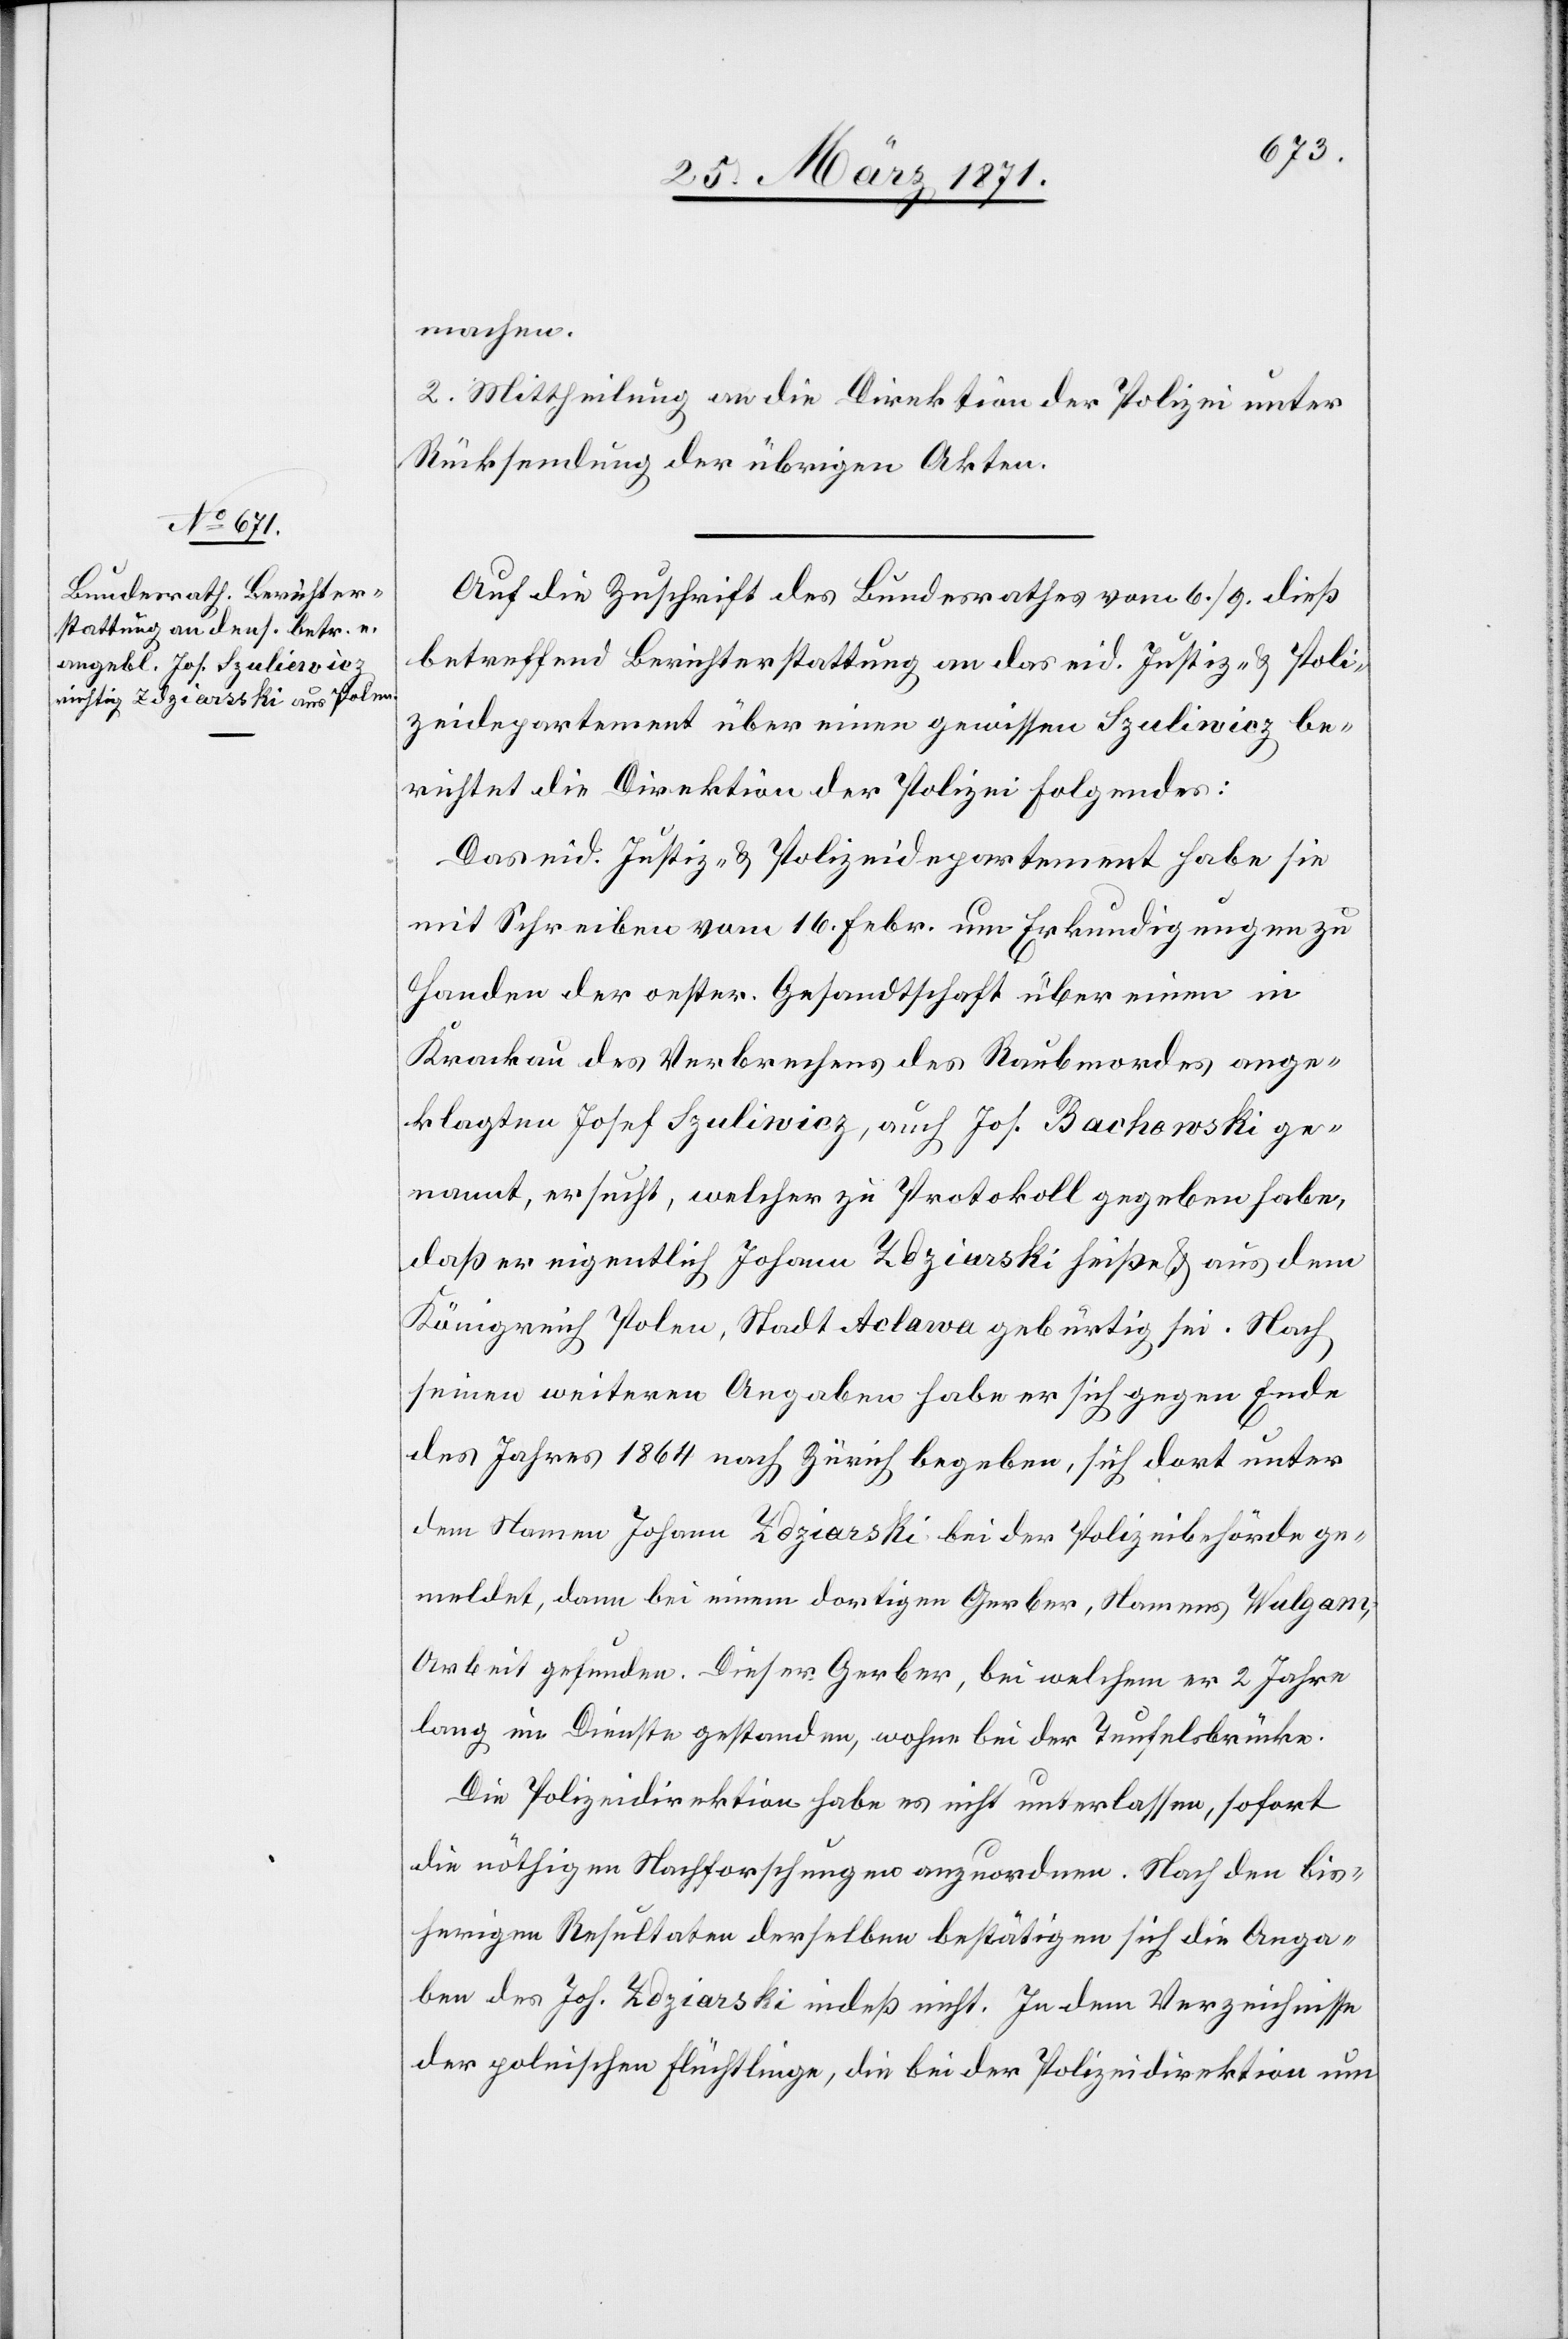
machen.
2. Mittheilung an die Direktion der Polizei unter
Rücksendung der übrigen Akten.
Auf die Zuschrift des Bundesrathes vom 6. / 9. dieß
betreffend Berichterstattung an das eid. Justiz- u. Poli¬
zeidepartement über einen gewissen Szuliwicz be¬
richtet die Direktion der Polizei Folgendes:
Das eid. Justiz- u. Polizeidepartement habe sie
mit Schreiben vom 16. Febr. um Erkundigungen zu
Handen der oester. Gesandtschaft über einen in
Krackau des Verbrechens des Raubmordes ange¬
klagten Josef Szuliwicz, auch Joh. Bachowski ge¬
nannt, ersucht, welcher zu Protokoll gegeben habe,
daß er eigentlich Johann Zdziarski heiße u. aus dem
Königreich Polen, Stadt Aclawa gebürdigt sei. Nach
seinen weiteren Angaben habe er sich gegen Ende
des Jahres 1864 nach Zürich begeben, sich dort unter
dem Namen Johann Zdziarski bei der Polizeibehörde ge¬
meldet, dann bei einem dortigen Gerber, Namens Wulgam,
Arbeit gefunden. Dieser Gerber, bei welchem er 2 Jahre
lang im Dienste gestanden, wohne bei der Teufelsbrücke.
Die Polizeidirektion habe es nicht unterlassen, sofort
die nöthigen Nachforschungen anzuordnen. Nach den bis¬
herigen Resultaten derselben bestätigen sich die Anga¬
ben des Joh. Zdziarski indeß nicht. In dem Verzeichnisse
der polnischen Flüchtlinge, die bei der Polizeidirektion um